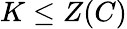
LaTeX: K\leq Z(C)